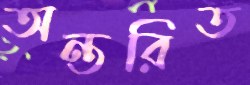
অন্তরিত